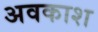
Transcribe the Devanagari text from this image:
अवकाश्‍ा